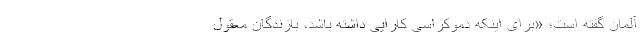
آلمان گفته است؛ «برای اینکه دموکراسی کارایی داشته باشد، بازندگان معقول